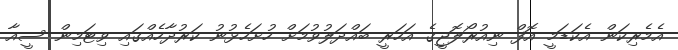
އެމެރިކަން އެކަޑަމީ އޮފް ނިއުރޯލޮޖީގެ އަހަރީ ބައްދަލުވުމަށް ހުށަހެޅުނު ކަރުދާހެއްގައި ވިޓަމިން ސީއާ